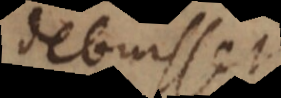
debuisset